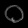
Digit: ၀